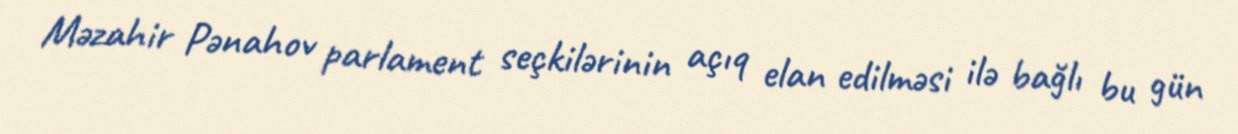
Məzahir Pənahov parlament seçkilərinin açıq elan edilməsi ilə bağlı bu gün